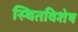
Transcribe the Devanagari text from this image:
स्थितविशेष